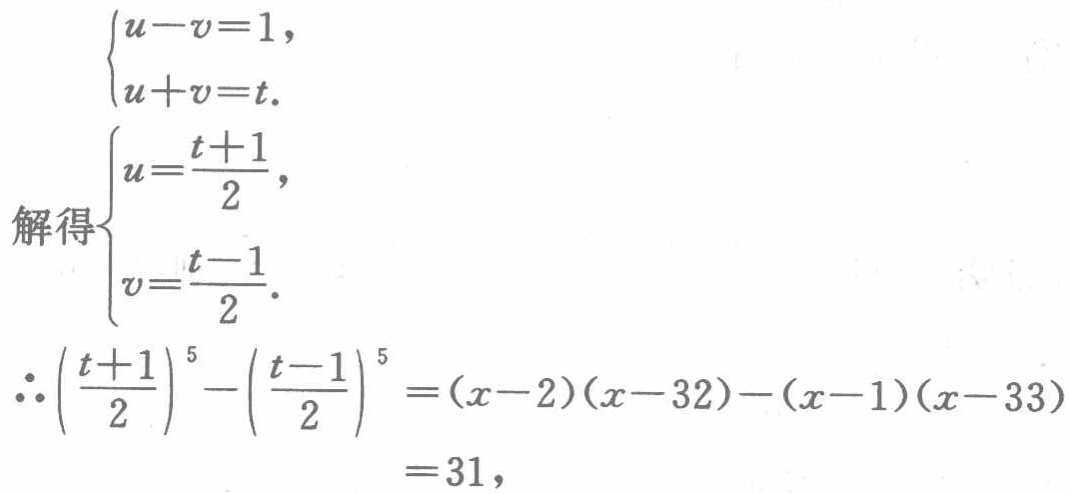
\[

\begin{cases}

u - v = 1,\\

u + v = t.

\end{cases}

\]

解得

\[

\begin{cases}

u=\dfrac{t + 1}{2},\\

v=\dfrac{t - 1}{2}.

\end{cases}

\]

\[

\begin{align*}

\therefore\left(\dfrac{t + 1}{2}\right)^5-\left(\dfrac{t - 1}{2}\right)^5&=(x - 2)(x - 32)-(x - 1)(x - 33)\\

&=31,

\end{align*}

\]